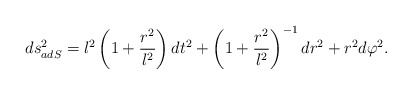
\begin{align*}ds^2_{adS} = l^2\left(1+ \frac{r^2}{l^2} \right)dt^2 + \left(1+\frac{r^2}{l^2}\right)^{-1}dr^2 + r^2 d\varphi^2. \end{align*}